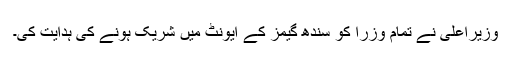
وزیراعلیٰ نے تمام وزرا کو سندھ گیمز کے ایونٹ میں شریک ہونے کی ہدایت کی۔